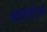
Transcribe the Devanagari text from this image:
साइमंज़टाऊन